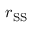
r _ { \mathrm { S S } }